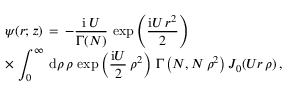
\begin{array} { l } { \displaystyle \psi ( \boldsymbol { r } ; z ) \, = \, - \frac { \mathrm { i } \, U } { \Gamma ( N ) } \, \exp \left( \frac { \mathrm { i } U \, r ^ { 2 } } 2 \right) \, } \\ { \displaystyle \times \, \int _ { 0 } ^ { \infty } \, \mathrm { d } \rho \, \rho \, \exp \left( \frac { \mathrm { i } U } 2 \, \rho ^ { 2 } \right) \, { \Gamma \left( N , N \, \rho ^ { 2 } \right) } \, J _ { 0 } ( U r \, \rho ) \, , } \end{array}